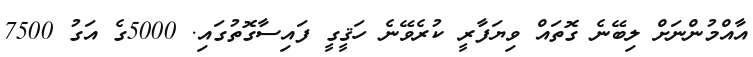
އާއްމުންނަށް ލިބޭނެ ގޮތައް ވިޔަފާރީ ކުރެވޭނެ ހަޤީގީ ފައިސާގޮތުގައި. 5000ގެ އަގު 7500